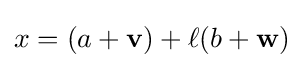
x=(a+\mathbf {v} )+\ell (b+\mathbf {w} )